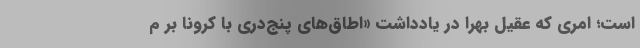
است؛ امری که عقیل بهرا در یادداشت «اطاق‌های پنج‌دری با کرونا بر م